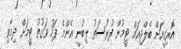
އޮރިގީއަށް ބެލްޖިއަމް ޓީމުން ފުރުސަތު ލިބުނީ އެންމެ ފަހު ވަގުތު ޓީމަށް ދިމާވި